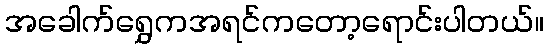
အခေါက်ရွှေကအရင်ကတော့ရောင်းပါတယ်။